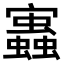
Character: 𧔃